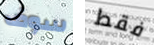
سوف فقط